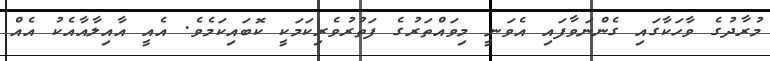
މުރާދުގެ ވާހަކާގައި ގެންނަވާފައި އެވަނީ މިވައްތަރުގެ ފަތުރުވެރިކަމަކީ ކޮބައިކަމެވެ. އެއީ އާއިލާއާއެކު އެއް